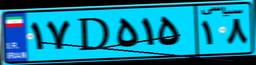
۵۵D۷۴۳۵۱